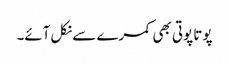
پوتا پوتی بھی کمرے سے نکل آئے۔